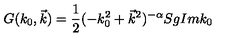
G ( k _ { 0 } , \vec { k } ) = \frac { 1 } { 2 } ( - k _ { 0 } ^ { 2 } + \vec { k } ^ { 2 } ) ^ { - \alpha } S g I m k _ { 0 }